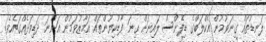
ލަނޑުތައް ގިނަވުމުން އެކްލަބްގެ ޑިފެންސް ލައިނަށް ގިނަ ފާޑުކިޔުންތައް އަމާޒުވަމުން އަންނަ ދަޑިވަޅެއްގައެވެ.